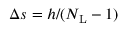
\Delta s = h / ( N _ { \mathrm { L } } - 1 )